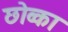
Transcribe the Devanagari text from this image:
छोव्का